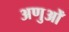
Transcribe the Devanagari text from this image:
अणुओँ